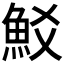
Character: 𩵲